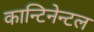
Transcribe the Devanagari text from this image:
कान्टिनेन्टल